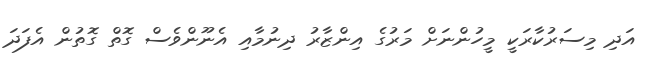
އަދި މިސަރުކާރަކީ މީހުންނަށް މަރުގެ އިންޒާރު ދިނުމާއި އެނޫންވެސް ގޮތް ގޮތުން އެފަދަ